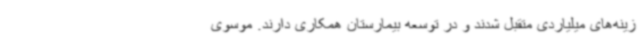
زینه‌های میلیاردی متقبل شدند و در توسعه بیمارستان همکاری دارند. موسوی